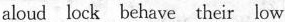
aloud lock behave their low